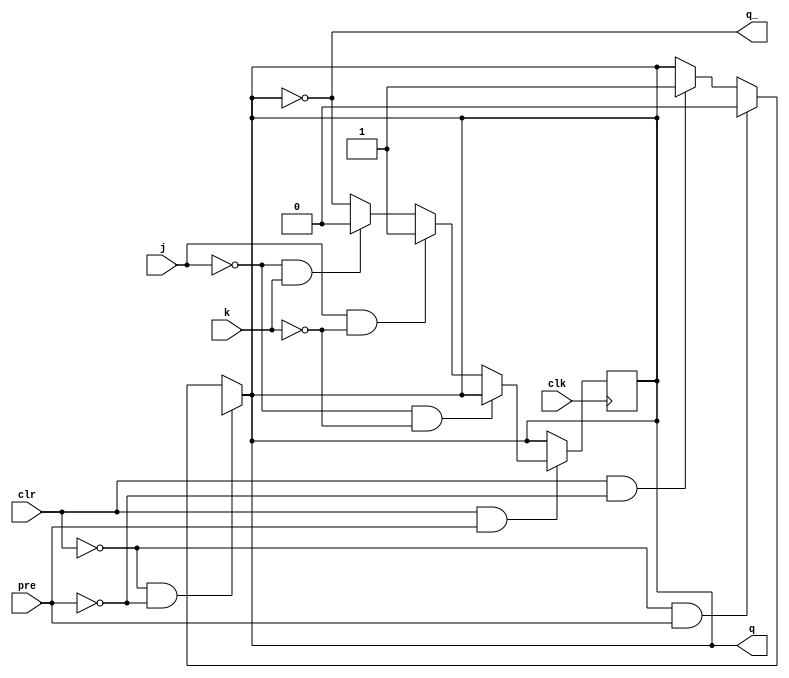
module sn74ls114(q, q_, j, k, clk, clr, pre);
input j, k, clk, clr, pre;
output q, q_;
reg ff;

parameter
	// TI TTL data book Vol 1, 1985
	tPLH_min=0, tPLH_typ=15, tPLH_max=20,
	tPHL_min=0, tPHL_typ=15, tPHL_max=20;
	

always @(clr, pre)
begin
	ff <= (clr==0 && pre==0) ? 'bx : // instable
		  (clr==0 && pre==1) ? 'b0 : // reset
		  (clr==1 && pre==0) ? 'b1 : // set
		  ff;                        // no change
end

always @(negedge clk)
begin
	if (clr==1 && pre==1) begin
		ff <= (j==0 && k==0) ? ff :  // no change
			  (j==1 && k==0) ? 'b1 : // set
			  (j==0 && k==1) ? 'b0 : // reset
			  ~ff;                   // toggle
	end
end

assign #(tPLH_min:tPLH_typ:tPLH_max,
		 tPHL_min:tPHL_typ:tPHL_max)
	q  = ff;
assign #(tPLH_min:tPLH_typ:tPLH_max,
		 tPHL_min:tPHL_typ:tPHL_max)
	q_ = ~ff; 

endmodule